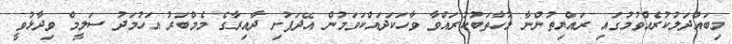
މިބައްދަލުކުރެއްވުމުގައި ރައްޔިތުންނާ މުހާތަބުކުރައްވާ ވާހަކަދައްކަވަމުން އޭދަފުށި ދާއިރާގެ މެމްބަރު އަހުމަދު ސަލީމް ވިދާޅުވީ